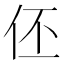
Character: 伾